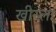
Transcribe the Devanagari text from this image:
खीरला